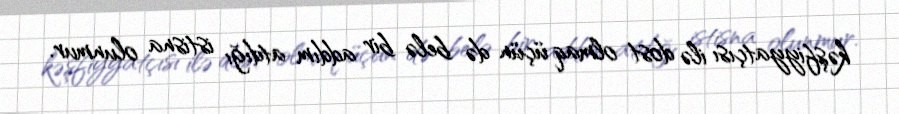
kəşfiyyatçısı ilə dost olmaq üçün də belə bir addım atdığı istisna olunmur.